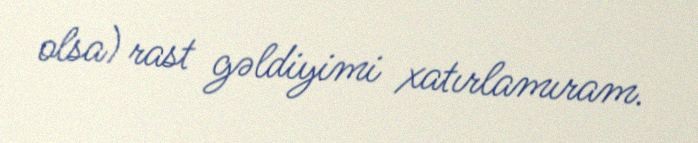
olsa) rast gəldiyimi xatırlamıram.